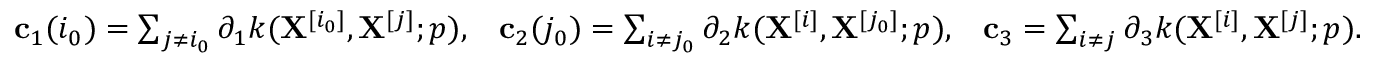
\begin{array} { r } { \mathbf { c } _ { 1 } ( i _ { 0 } ) = \sum _ { j \neq i _ { 0 } } \partial _ { 1 } k ( \mathbf { X } ^ { [ i _ { 0 } ] } , \mathbf { X } ^ { [ j ] } ; p ) , \; \; \; \mathbf { c } _ { 2 } ( j _ { 0 } ) = \sum _ { i \neq j _ { 0 } } \partial _ { 2 } k ( \mathbf { X } ^ { [ i ] } , \mathbf { X } ^ { [ j _ { 0 } ] } ; p ) , \; \; \; \mathbf { c } _ { 3 } = \sum _ { i \neq j } \partial _ { 3 } k ( \mathbf { X } ^ { [ i ] } , \mathbf { X } ^ { [ j ] } ; p ) . } \end{array}